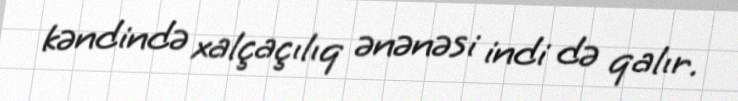
kəndində xalçaçılıq ənənəsi indi də qalır.